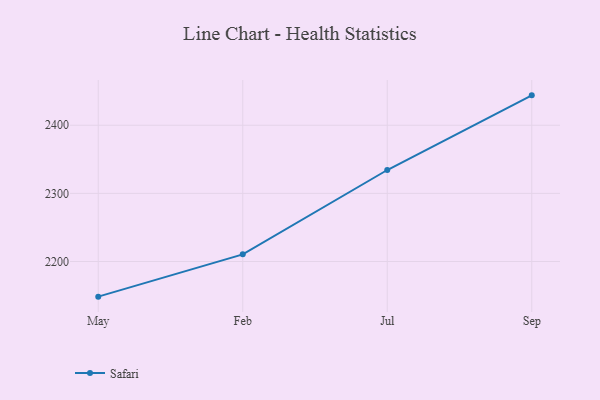
{"axis": {"x": "Month", "y": "Customer Acquisition Cost (USD)"}, "legend": ["Safari"], "data": [{"x": "May", "y": 2148.4, "type": "Safari"}, {"x": "Feb", "y": 2210.5, "type": "Safari"}, {"x": "Jul", "y": 2334.3, "type": "Safari"}, {"x": "Sep", "y": 2443.9, "type": "Safari"}]}